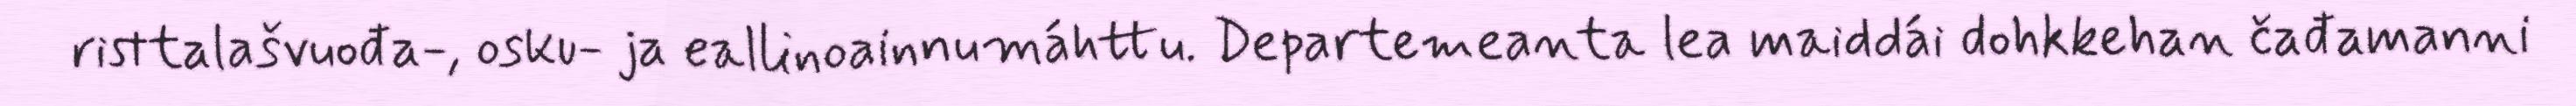
risttalašvuođa-, osku- ja eallinoainnumáhttu. Departemeanta lea maiddái dohkkehan čađamanni